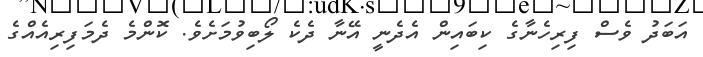
އަބަދު ވެސް ފިރިހެނާގެ ކިބައިން އެދެނީ އޭނާ ދެކެ ލޯބިވުމަށެވެ. ކޮންމެ ދެމަފިރިއެއްގެ